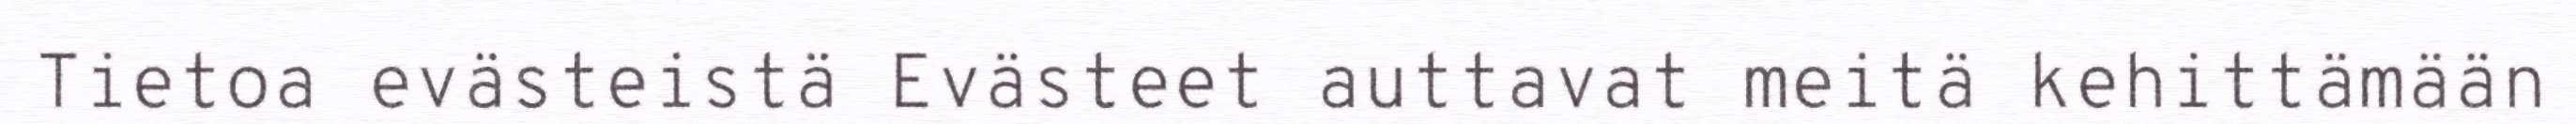
Tietoa evästeistä Evästeet auttavat meitä kehittämään